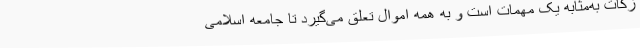
زکات به‌مثابه یک مهمات است و به همه اموال تعلق می‌گیرد تا جامعه اسلامی